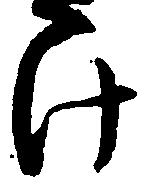
け